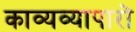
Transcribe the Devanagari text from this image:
काव्यव्यापारों